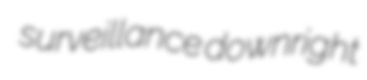
surveillance downright